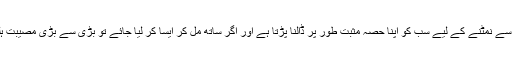
اجتماعی مصیبت سے نمٹنے کے لیے سب کو اپنا حصہ مثبت طور پر ڈالنا پڑتا ہے اور اگر ساتھ مل کر ایسا کر لیا جائے تو بڑی سے بڑی مصیبت ہلکی پڑ جاتی ہے۔